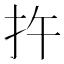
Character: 𪭟